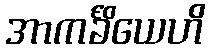
အာကင်္ခိယေဟိ